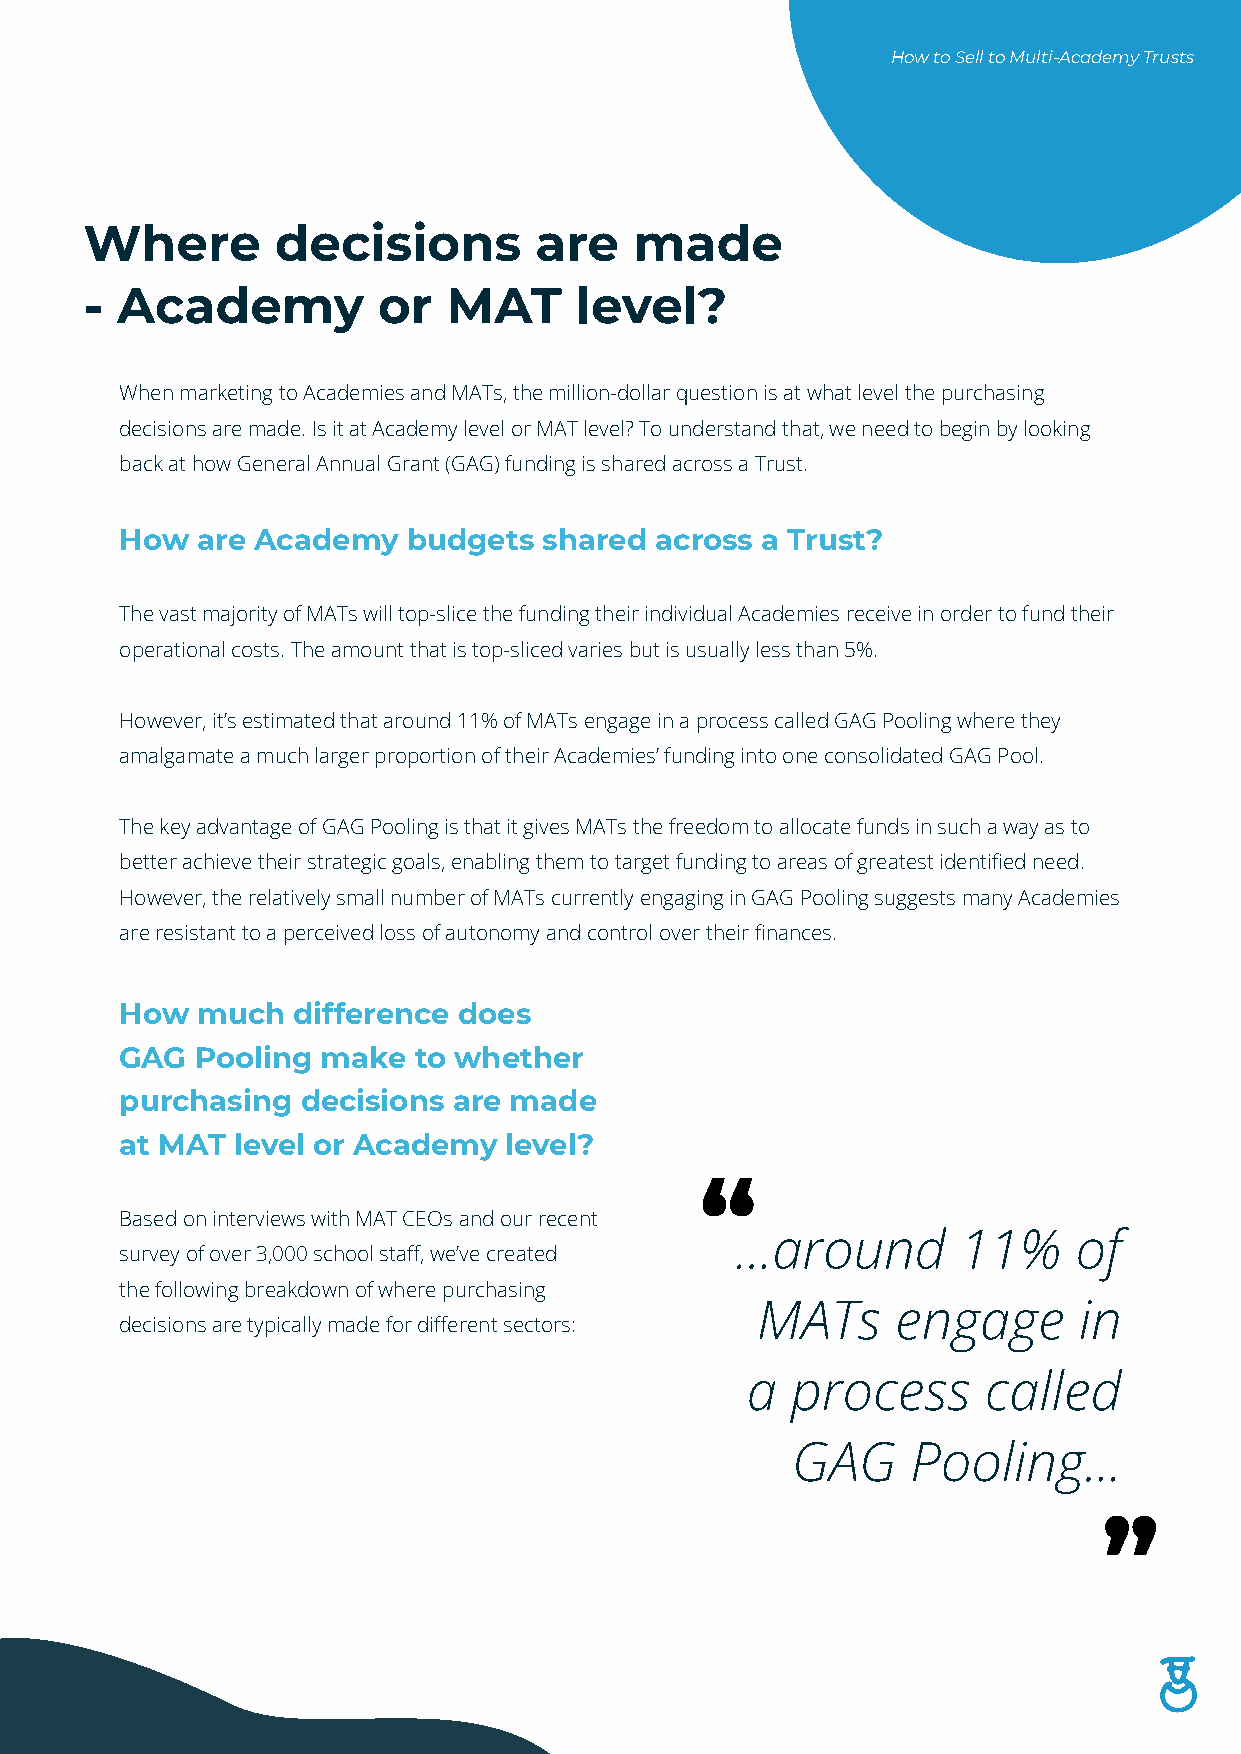
How to Sell to Multi-Academy Trusts
 Where       decisions        are    made
 - Academy          or   MAT     level?
 When marketing to Academies and MATs, the million-dollar question is at what level the purchasing
 decisions are made. Is it at Academy level or MAT level? To understand that, we need to begin by looking
 back at how General Annual Grant (GAG) funding is shared across a Trust.
 How  are Academy   budgets  shared across a Trust?
 The vast majority of MATs will top-slice the funding their individual Academies receive in order to fund their
 operational costs. The amount that is top-sliced varies but is usually less than 5%.
 However, it’s estimated that around 11% of MATs engage in a process called GAG Pooling where they
 amalgamate a much larger proportion of their Academies’ funding into one consolidated GAG Pool.
 The key advantage of GAG Pooling is that it gives MATs the freedom to allocate funds in such a way as to
 better achieve their strategic goals, enabling them to target funding to areas of greatest identified need.
 However, the relatively small number of MATs currently engaging in GAG Pooling suggests many Academies
 are resistant to a perceived loss of autonomy and control over their finances.
 How  much  difference does
 GAG  Pooling make  to whether
 purchasing  decisions are made
 at MAT level or Academy  level?
 “
 Based on interviews with MAT CEOs and our recent
 ...around      11%    of
 survey of over 3,000 school staff, we’ve created
 the following breakdown of where purchasing
 MATs     engage      in
 decisions are typically made for different sectors:
 a  process      called
 GAG     Pooling...
 “